Kominterni_Eesti_sektsioon_Moskvas, lk 40
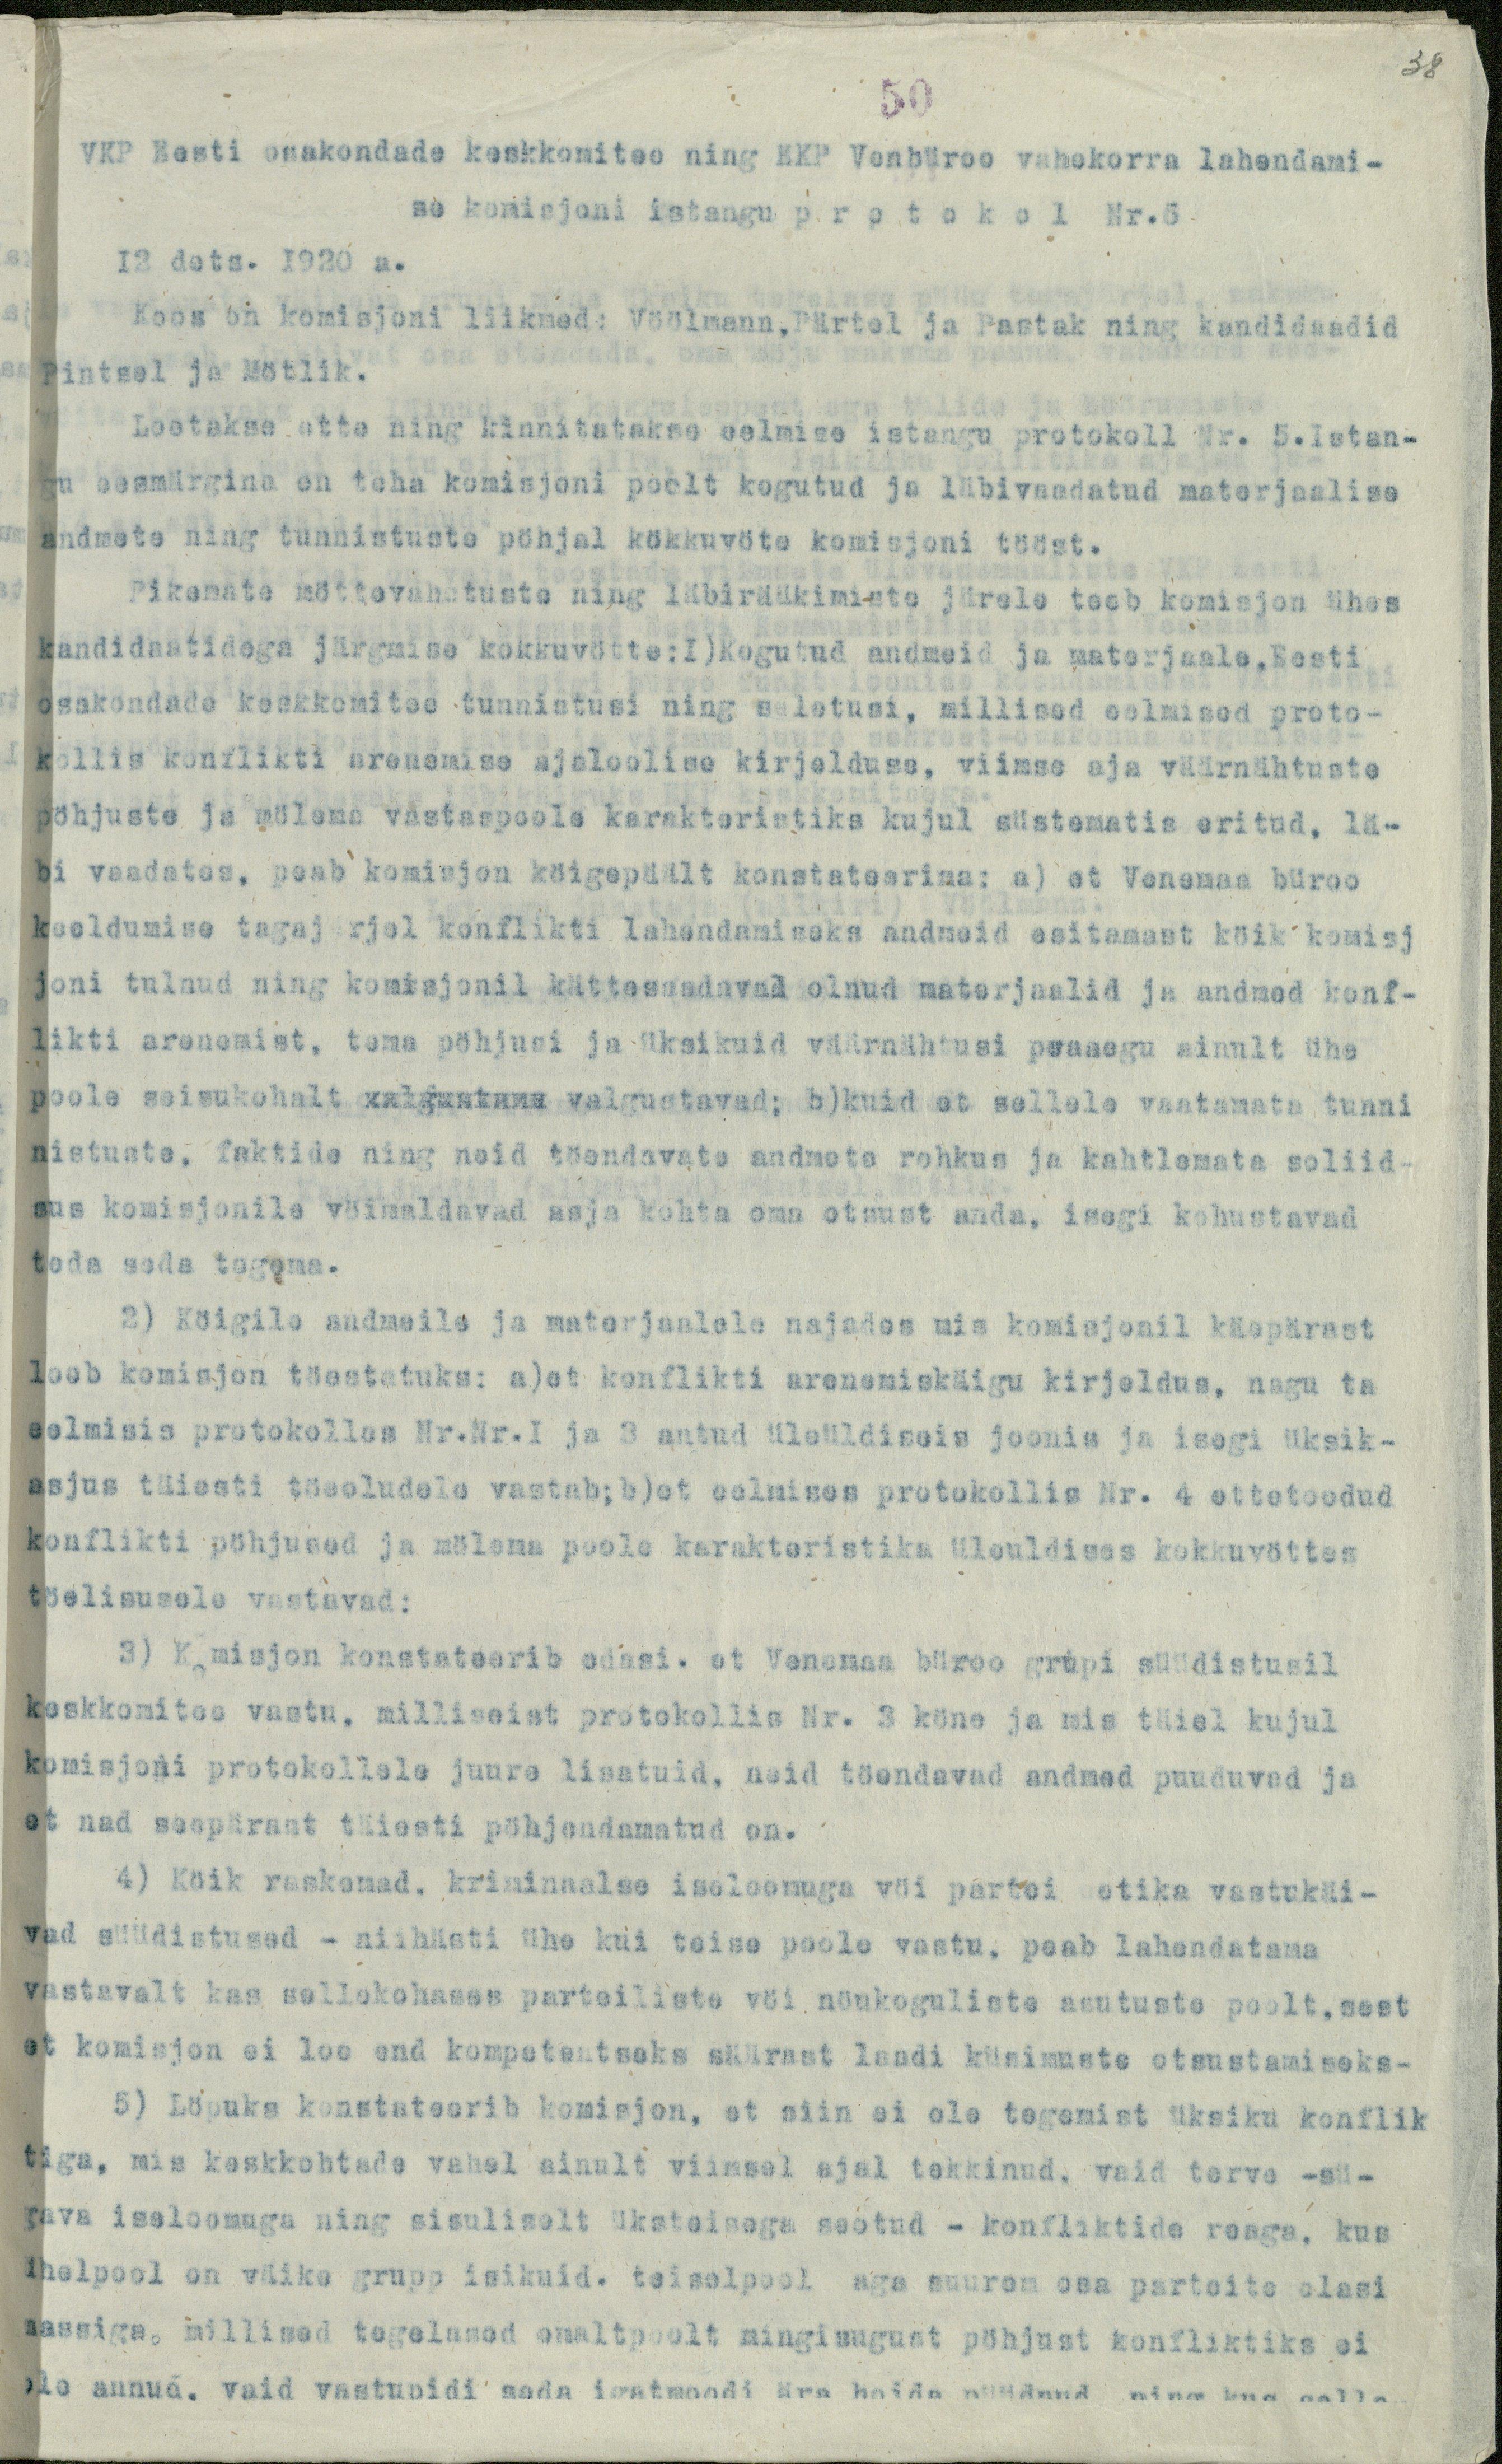
38

50
VKP Eesti osakondade keskkomitee ning EKP Venbüroo vahekorra lahendami-
se komisjoni istangu protokol Nr.6
12 dets. 1920 a.
Koos on komisjoni liikmed: Vöölmann, Pärtel ja Pastak ning kandidaadid
Pintsel ja Mötlik.
Loetakse ette ning kinnitatakse eelmise istangu protokoll Nr. 5.Istan-
gu eesmärgina on teha komisjoni poolt kogutud ja läbivaadatud materjaalise
andmete ning tunnistuste pöhjal kokkuvöte komisjoni tööst.
Pikemate möttevahetuste ning läbirääkimiste järele teeb komisjon ühes
kandidaatidega järgmise kokkuvötte: 1)Kogutud andmeid ja materjaale,Eesti
osakondade keskkomitee tunnistusi ning seletusi, millised eelmised proto-
kollis konflikti arenemise ajaloolise kirjelduse, viimse aja väärnähtuste
pöhjuste ja mölema vastaspoole karakteristiks kujul süstematiseeritud, lä-
bi vaadates, peab komisjon köigepäält konstateerima: a) et Venemaa büroo
keeldumise tagajärjal konflikti lahendamiseks andmeid esitamast köik komisj
joni tulnud ning komisjonil kättesaadavad olnud materjaalid ja andmed konf-
likti arenemist, tema pöhjusi ja üksikuid väärnähtusi peaaegu ainult ühe
poole seisukohalt kalguntama valgustavad; b)kuid et sellele vaatamata tunni
nistuste, faktide ning neid töendavate andmete rohkus ja kahtlemata soliid-
sus komisjonile vöimaldavad asja kohta oma otsust anda, isegi kohustavad
teda seda tegema.
2) Köigile andmeile ja materjaalele najades mis komisjonil käepärast
loeb komisjon töestatuks: a)et konflikti arenemiskäigu kirjeldus, nagu ta
eelmisis protokolles Nr.Nr.1 ja 3 antud üleüldiseis joonis ja isegi üksik-
asjus täiesti töeoludele vastab,b)et eelmises protokollis Nr. 4 ettetoodud
konflikti pöhjused ja mölema poole karakteristika üleuldises kokkuvöttes
töelisusele vastavad:
3) Komisjon konstateerib edasi. et Venemaa büroo grupi süüdistusil
keskkomitee vastu, milliseist protokollis Nr. 3 köne ja mis täiel kujul
komisjoni protokollele juure lisatuid, neid töendavad andmed puuduvad ja
et nad seepärast täiesti pöhjendamatud on.
4) Köik raskemad, kriminaalse iseloomuga vöi partei etika vastukäi-
vad süüdistused - niihästi ühe kui teise poole vastu, peab lahendatama
vastavalt kas sellekohases parteiliste vöi nöukoguliste asutuste poolt,sest
et komisjon ei loe end kompetentseks säärast laadi küsimuste otsustamiseks-
5) Löpuks konstateerib komisjon, et siin ei ole tegemist üksiku konflik
tiga, mis keskkohtade vahel ainult viimsel ajal tekkinud, vaid terve -sü-
gava iseloomuga ning sisuliselt üksteisega seotud - konfliktide reaga, kus
ühelpool on väike grupp isikuid. teiselpool aga suurem osa parteitegelasi
massiga, millised tegelased omaltpoolt mingisugust pöhjust konfliktiks ei
ole annud. Vaid vastupidi seda igatmoodi ära hoida püüdnud ning kus selle